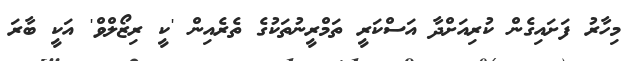
މިހާރު ފަށައިގެން ކުރިއަށްދާ އަސްކަރީ ތަމްރީނުތަކުގެ ތެރެއިން 'ކީ ރިޒޯލްވް' އަކީ ބާރަ